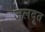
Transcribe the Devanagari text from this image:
जलदूत